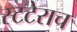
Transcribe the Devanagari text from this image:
स्टटेराच